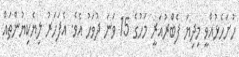
ހުށަހެޅުއްވީ މިދިޔަ ފެބްރުއަރީ މަހުގެ 15 ވަނަ ދުވަހު އެވެ. އެފަހަރު ލިޔެކިޔުންތައް